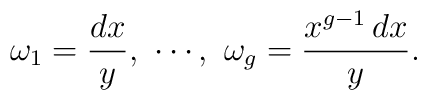
\omega_{1}=\frac{dx}{y},\ \cdots,\ \omega_{g}=\frac{x^{g-1}\,dx}{y}.